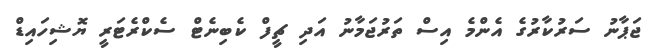
ޖަޕާނު ސަރުކާރުގެ އެންމެ އިސް ތަރުޖަމާނު އަދި ޗީފް ކެބިނެޓް ސެކްރެޓަރީ ޔޮޝިހައިޑް